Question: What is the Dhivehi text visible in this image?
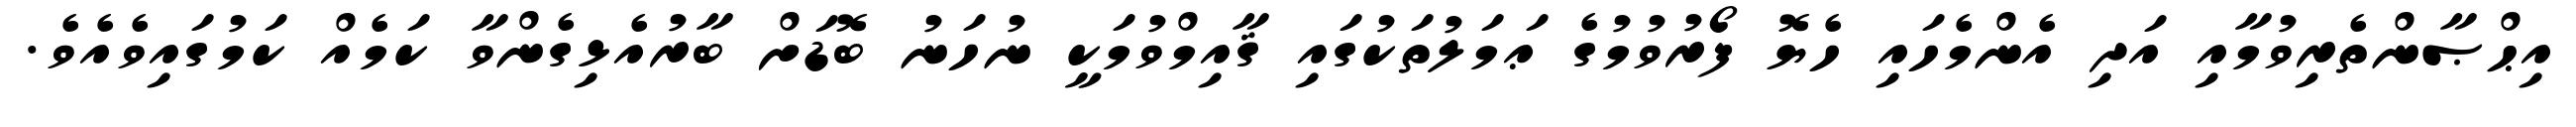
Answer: އިޙްޞާންތެރިވުމާއި އަދި އެންމެހައި ހެޔޮ ފޯރުވުމުގެ ޢަމަލުތަކުގައި ޤާއިމްވުމަކީ ނުހަނު ބޮޑަށް ބާރުއެޅިގެންވާ ކަމެއް ކަމުގައިވެއެވެ.